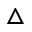
\triangle